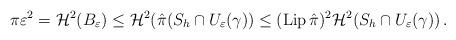
LaTeX: \begin{align*}\pi \varepsilon^2=\mathcal H^2(B_\varepsilon)\le\mathcal H^2(\hat{\pi}(S_h \cap U_\varepsilon(\gamma))\le ({\rm Lip}\,\hat{\pi})^2\mathcal H^2(S_h \cap U_\varepsilon(\gamma))\,.\end{align*}